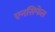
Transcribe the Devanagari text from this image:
एनसिफेल